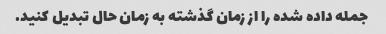
جمله داده شده را از زمان گذشته به زمان حال تبدیل کنید.